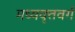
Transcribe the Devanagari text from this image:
मध्यवृत्तवर्ग